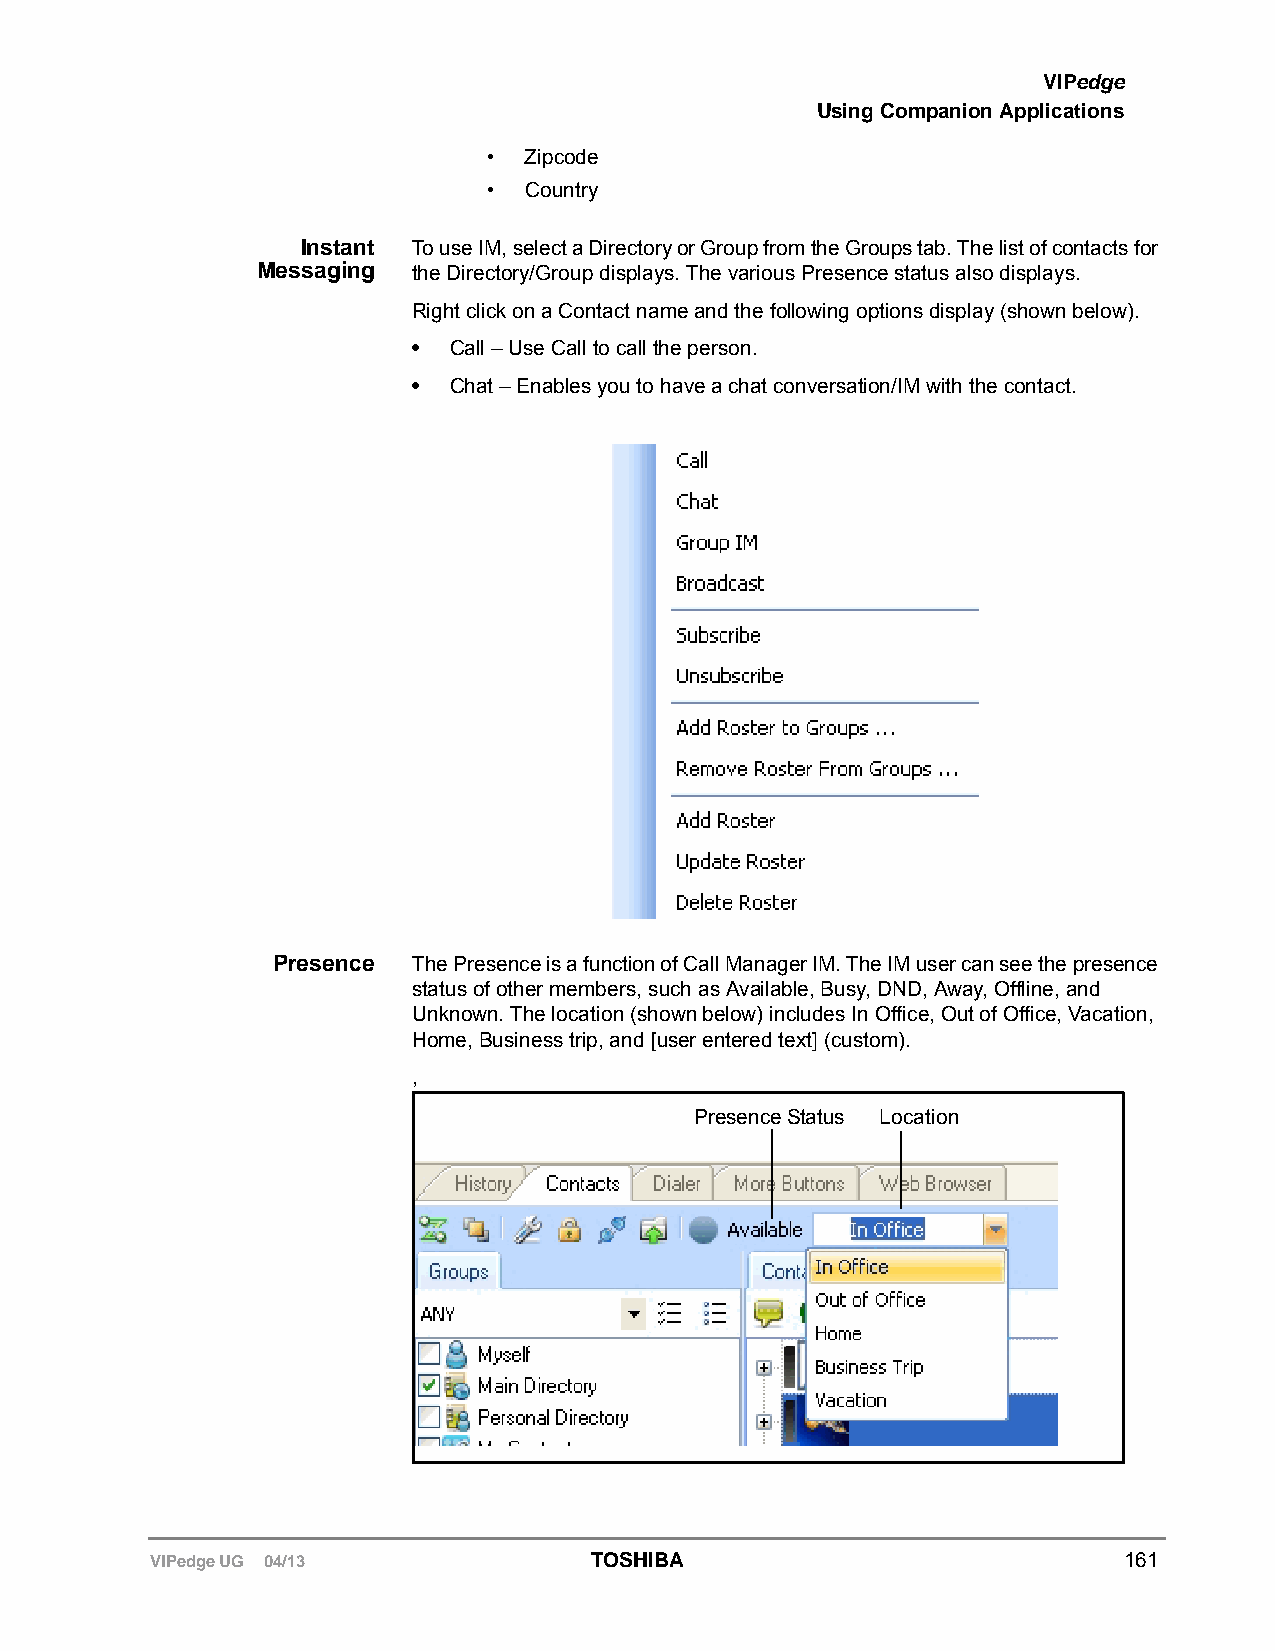
VIPedge
 Using Companion Applications
 •  Zipcode
 •  Country
 Instant To use IM, select a Directory or Group from the Groups tab. The list of contacts for
 Messaging the Directory/Group displays. The various Presence status also displays.
 Right click on a Contact name and the following options display (shown below).
 •  Call – Use Call to call the person.
 •  Chat – Enables you to have a chat conversation/IM with the contact.
 Presence The Presence is a function of Call Manager IM. The IM user can see the presence
 status of other members, such as Available, Busy, DND, Away, Offline, and
 Unknown. The location (shown below) includes In Office, Out of Office, Vacation,
 Home, Business trip, and [user entered text] (custom).
 ,
 Presence Status Location
 VIPedge UG 04/13             TOSHIBA                            161